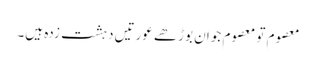
معصوم تو معصوم جوان بوڑھے عورتیں دہشت زدہ ہیں۔